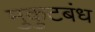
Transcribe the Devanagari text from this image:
मुकुटबंध